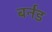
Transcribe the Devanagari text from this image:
बर्नड